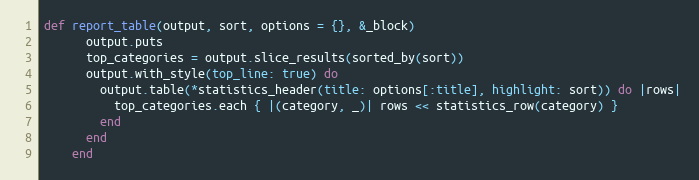
Language: Ruby
def report_table(output, sort, options = {}, &_block)
      output.puts
      top_categories = output.slice_results(sorted_by(sort))
      output.with_style(top_line: true) do
        output.table(*statistics_header(title: options[:title], highlight: sort)) do |rows|
          top_categories.each { |(category, _)| rows << statistics_row(category) }
        end
      end
    end